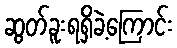
ဆွတ်ခူးရရှိခဲ့ကြောင်း